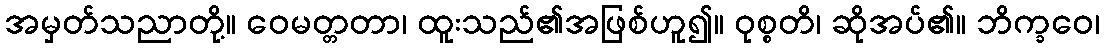
အမှတ်သညာတို့။ ဝေမတ္တတာ၊ ထူးသည်၏အဖြစ်ဟူ၍။ ဝုစ္စတိ၊ ဆိုအပ်၏။ ဘိက္ခဝေ၊